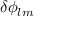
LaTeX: \delta \phi _ { l m }